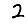
Digit: 2